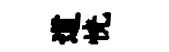
道恍